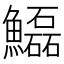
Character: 𩽊